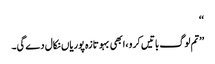
‘‘
’’تم لوگ باتیں کرو ،ابھی بہو تازہ پوریاں نکال دے گی۔